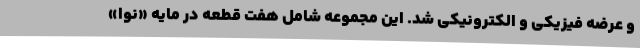
و عرضه فیزیکی و الکترونیکی شد. این مجموعه شامل هفت قطعه در مایه «نوا»